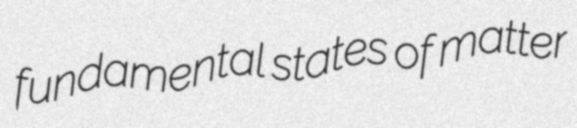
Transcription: fundamental states of matter